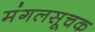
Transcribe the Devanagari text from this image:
मंगलसूचक